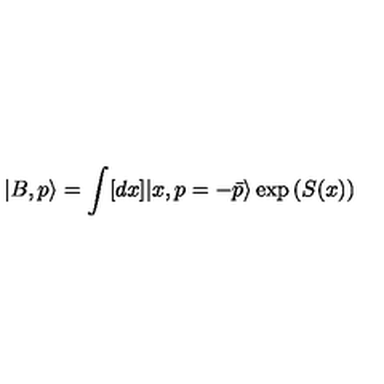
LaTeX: | B , p \rangle = \int [ d x ] | x , p = - \bar { p } \rangle \exp { \left( S ( x ) \right) }